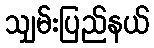
သျှမ်းပြည်နယ်